Calcutta medical institutions reports 1892-1900
Year: 1892
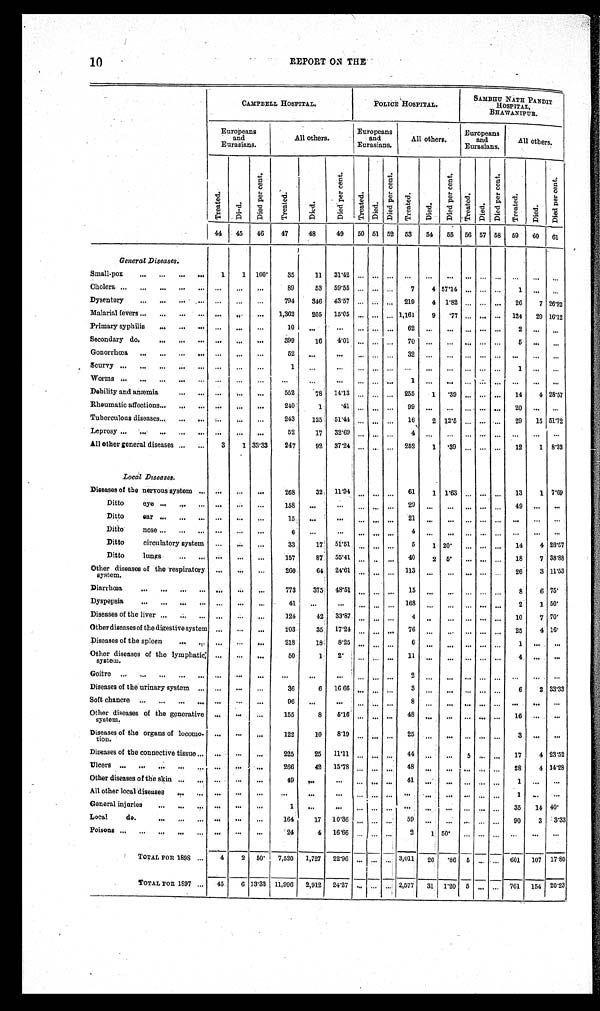
10
REPORT ON THE
CAMPBELL HOSPITAL.
POLICE HOSPITAL.
SAMBHU NATH PANDIT
HOSPITAL,
BHAWANIPUR.
Europeans
and
Eurasians.
All others.
Europeans
and
Eurasians.
All others.
Europeans
and
Eurasians.
All others.
Treated.
D i e d . Di e d pe r c e nt .
Treated.
Died.
Di e d pe r c e nt .
Tr eat ed.
Died.
Di e d pe r c e nt .
Treated.
Died.
Di ed per cent .
Tr eat ed.
Died.
Di e d pe r c e nt .
Tr e a t e d.
Died.
Di e d pe r c e nt .
44
45
46
47
48
49
50 51 52
53
54
55
56 57 58
59
60
61
General Diseases.
Small-pox . . .
1
1
100.
35
11
31.42
. . .
. . .
. . .
. . .
. . .
. . .
. . .
. . .
. . .. . .
. . .
. . .
Cholera . . .
. . .
. . . . . .
89
53
59.55
. . .
. . .
. . .
7
4 57.14
. . .
. . .
. . .
1
. . .
. . .
Dysentery . . .
. . .
. . .
. . .
794
346
43.57
. . .
. . .
. . .
219
4
1.82
. . .
. . .
. . .
26
7 26.92
Malarial fevers . . .
. . .
. . .
. . .
1,362
205
15.05
. . .
. . .
. . . 1,161
9
.77
. . .
. . .
. . .
124
20 16.12
Primary syphilis . . .
. . .
. . .
. . .
1 0
. . .
. . .
. . .
. . .
. . .
6 2
. . .
. . .
. . .
. . .
. . .
2
. . .
. . .
Secondary do. . . .
. . .
. . . . . .
399
1 6
4.01
. . .
. . .
. . .
7 0
. . .
. . .
. . .
. . .
. . .
5
. . .
. . .
Gonorrhœa . . .
. . .
. . .
. . .
52
. . .
. . .
. . .
. . .
. . .
32
. . .
. . .
. . .
. . .
. . .
. . .
. . .
. . .
Scurvy . . .
. . .
. . .. . .
1
. . .
. . .
. . .
. . .
. . .
. . .
. . .
. . .
. . .
. . .
. . .
1
. . .
. . .
Worms . . .
. . .
. . .. . .
. . .
. . .
. . .
. . .
. . .
. . .
1
. . .
. . .
. . .
. . .
. . .
. . .
. . .
. . .
Debility and anæmia . . .
. . .
. . .. . .
552
78
14.13
. . .
. . .
. . .
255
1
.39
. . .
. . .
. . .
14
4 28.57
Rheumatic affections . . .
. . .
. . .
. . .
240
1
.41
. . .
. . .
. . .
9 9
. . .
. . .
. . .
. . .
. . .
2 0
. . .
. . .
Tuberculous diseases . . .
. . .
. . .
. . .
243
125
51.44
. . .
. . .
. . .
16
2 12.5
. . .
. . .
. . .
29
15 51.72
Leprosy . . .
. . .
. . .
. . .
52
17
32.69
. . .
. . .
. . .
4
. . .
. . .
. . .
. . .
. . .
. . .
. . .
. . .
All other general diseases . . .
3
1 33.33
247
92
37.24
. . .
. . .
. . .
252
1
.39
. . .
. . .
. . .
12
1 8 . 3 3
Local Diseases.
Diseases of the nervous system . . .
. . .
. . .
. . .
268
32
11.94
. . .
. . .
. . .
61
1 1.63
. . .
. . .
. . .
13
1 7.69
Ditto eye . . .
. . .
. . .
. . .
158
. . .
. . .
. . .
. . .
. . .
29
. . .
. . .
. . .
. . .
. . .
49
. . .
. . .
D i t t o e a r . . .
. . .
. . .
. . .
1 5
. . .
. . .
. . .
. . .
. . .
21
. . .
. . .
. . .
. . .
. . .
. . .. . .
. . .
Ditto nose . . .
. . .
. . .
. . .
6
. . .
. . .
. . . . . .
. . .
4
. . .
. . .
. . .
. . .
. . .
. . . . . .
. . .
Ditto circulatory system
. . .
. . .
. . .
33
17
51.51
. . .
. . .. . .
5
1 20.
. . .
. . .
. . .
14
4 28.57
Ditto lungs . . .
. . .
. . .
. . .
157
87
55.41
. . .
. . .
. . .
40
2
5 .
. . .
. . .
. . . 18
7 38.88
Other diseases of the respiratory
system.
. . .
. . .
. . .
260
64
24.61
. . .
. . .
. . .
113
. . .
. . .
. . .
. . .
. . .
26
3 11.53
D i a r r h œ a . . .
. . .
. . .
. . .
773
375
48.51
. . .
. . .
. . .
1 5
. . .
. . .
. . .
. . .
. . .
8
6 7 5 .
Dyspepsia . . .
. . .
. . .
. . .
4 1
. . .
. . .
. . .. . .
. . . 168
. . .
. . .
. . .
. . .
. . .
2
1 5 0 .
Diseases of the liver . . .
. . .
. . .
. . .
124
42
33.87
. . . . . .
. . .
4
. . .
. . .
. . .
. . .
. . .
10
7 7 0 .
Other diseases of the digestive system
. . .
. . .
. . .
203
35
17.24
. . .. . .
. . .
76
. . .
. . .
. . .
. . .
. . .
25
4 1 6 .
Diseases of the spleen . . .
. . .
. . .
. . .
218
18
8.25
. . . . . .
. . .
6
. . .
. . .
. . .
. . .
. . .
1
. . .
. . .
Other diseases of the lymphatic
system.
. . .
. . .
. . .
50
1
2.
. . .. . .
. . .
1 1
. . .
. . .
. . .
. . .
. . .
4
. . .. . .
Goitre . . .
. . .
. . .
. . .
. . .
. . .
. . .
. . . . . .
. . .
2
. . .
. . .
. . .
. . .
. . .
. . .
. . . . . .
Diseases of the urinary system . . .
. . .
. . .
. . .
36
6
16.66
. . . . . .
. . .
3
. . .
. . .
. . .
. . .
. . .
6
2 33.33
Soft chancre . . .
. . .
. . .
. . .
96
. . .
. . .
. . . . . .
. . .
8
. . .
. . .
. . .
. . .
. . .
. . .
. . .. . .
Other diseases of the generative
system.
. . .
. . .
. . .
155
8
5.16
. . . . . .
. . .
48
. . .
. . .
. . .
. . .
. . .
16
. . .
. . .
Diseases of the organs of locomo-
tion.
. . .
. . .
. . .
122
1 0
8 . 1 9
. . .. . .
. . .
2 5
. . .
. . .
. . .
. . .
. . .
3
. . .. . .
Diseases of the connective tissue . . .
. . .
. . .
. . .
225
25
11.11
. . . . . . . . .
44
. . .
. . .
5
. . .
. . .
17
4 23.52
Ulcers . . .
. . .
. . .
. . .
266
42
15.78
. . . . . .
. . .
48 . . .
. . .
. . .
. . .
. . .
28
4 14.28
Other diseases of the skin . . .
. . .
. . .
. . .
49
. . .
. . .
. . .. . .
. . .
41
. . .
. . .
. . .
. . .
. . .
1
. . .
. . .
All other local diseases . . .
. . .
. . .
. . .
. . .
. . .
. . .
. . .. . .
. . .
. . . . . . . . .
. . .
. . .
. . .
1
. . .
. . .
General injuries . . .
. . .
. . .
. . .
1
. . .
. . .
. . .
. . .
. . .
. . . . . .
. . .
. . .
. . .
. . .
35
14 40.
Local do. . . .
. . .
. . .
. . .
164
17
10.36
. . .
. . .
. . .
59
. . .
. . .
. . .
. . .
. . .
90
3
3.33
Poisons . . .
. . .
. . .
. . .
24
4
16.66
. . .
. . .
. . .
2
1
5 0 .
. . .
. . .
. . .
. . .
. . .
. . .
17.80
TOTAL FOR 1898 . . .
4
2
50.
7,520
1,727
22.96
. . .
. . .
. . . 3,011
26
.86
5
. . .
. . . 601
107
2.577
31
1.20
5
. . .
. . . 761
154 20.23
TOTAL FOR 1897 . . .
45
6 13.33
11,996
2,912
24.27
. . .
. . .
. . .